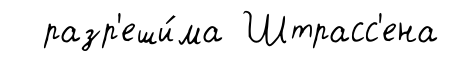
разр'еши́ма Штрасс'ена